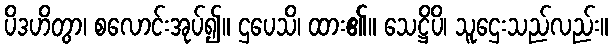
ပိဒဟိတွာ၊ စလောင်းအုပ်၍။ ဌပေသိ၊ ထား၏။ သေဋ္ဌိပိ၊ သူဌေးသည်လည်း။